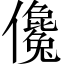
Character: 儳